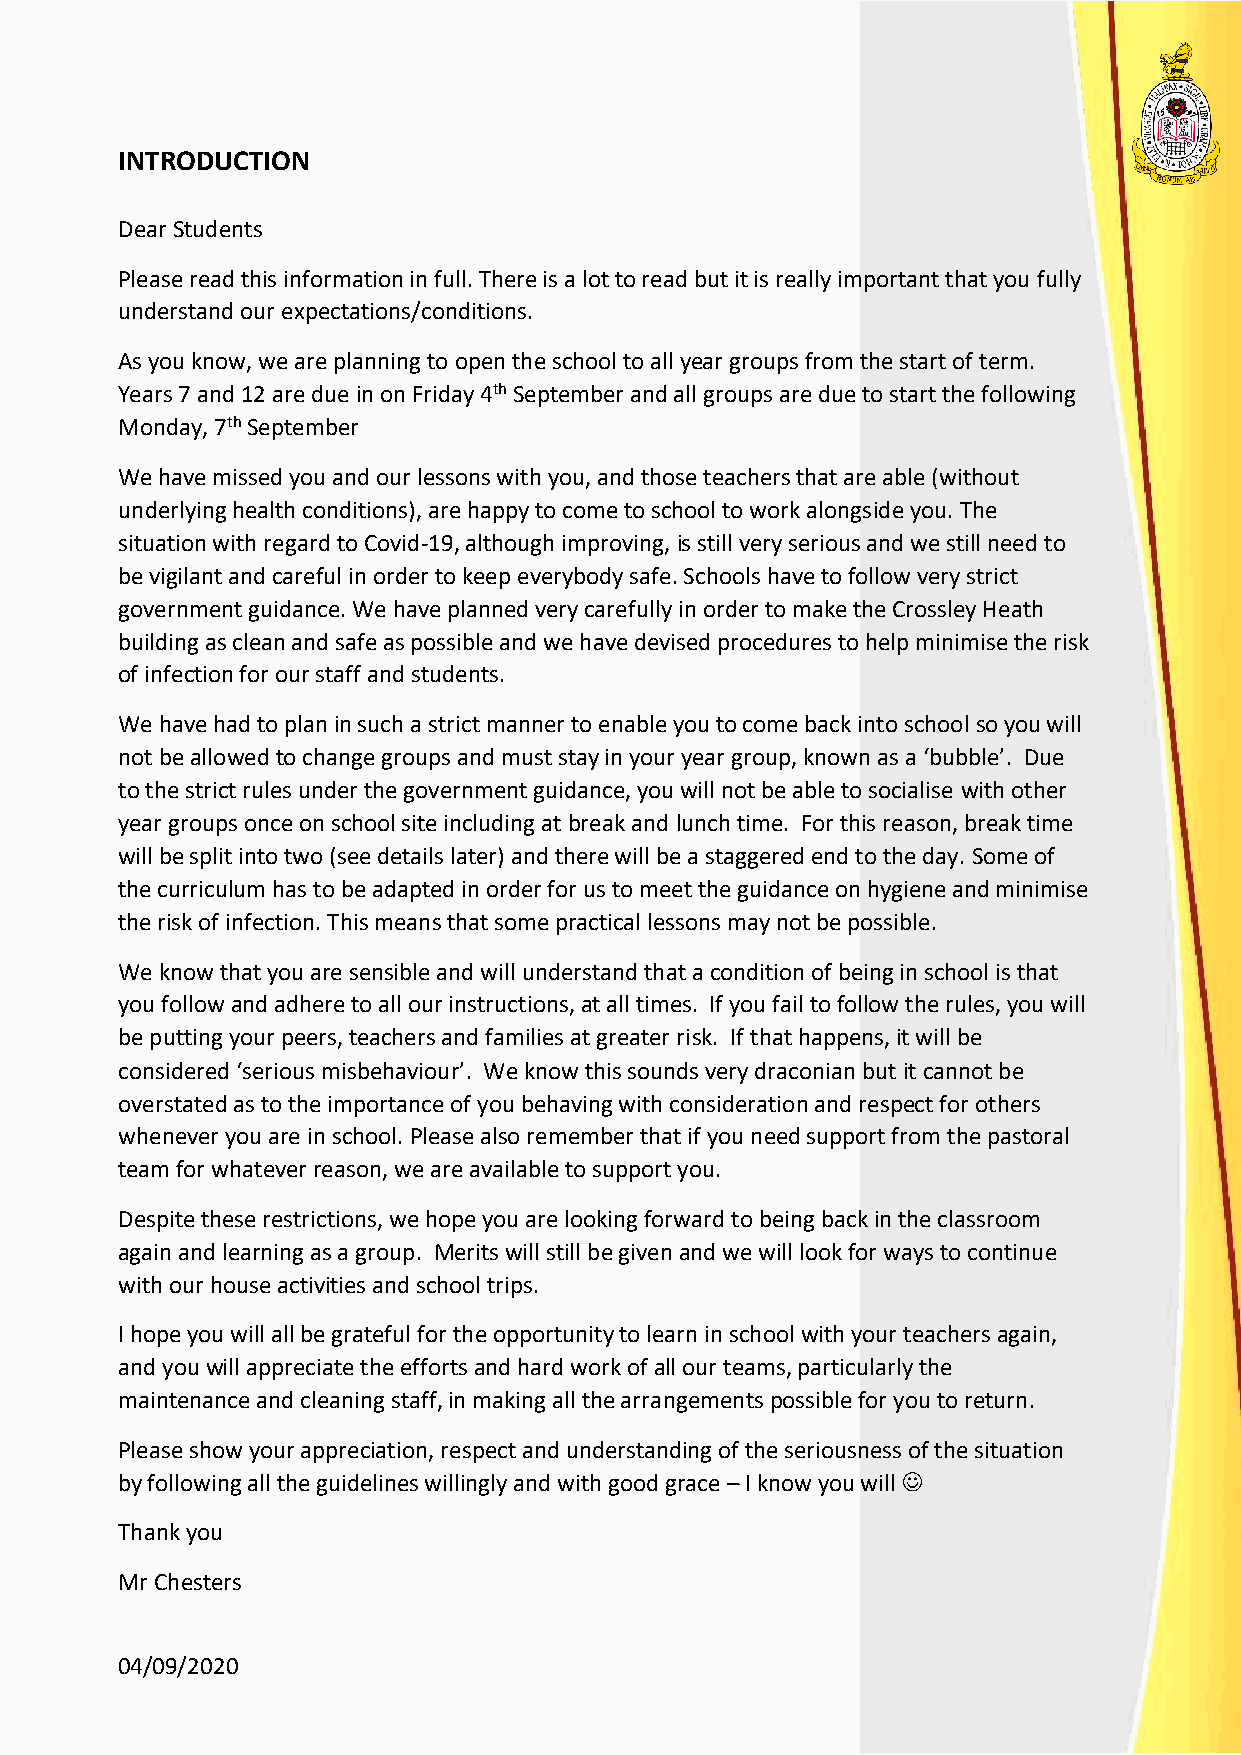
INTRODUCTION
 Dear Students
 Please read this information in full. There is a lot to read but it is really important that you fully
 understand our expectations/conditions.
 As you know, we are planning to open the school to all year groups from the start of term.
 Years 7 and 12 are due in on Friday 4th September and all groups are due to start the following
 Monday, 7th September
 We have missed you and our lessons with you, and those teachers that are able (without
 underlying health conditions), are happy to come to school to work alongside you. The
 situation with regard to Covid-19, although improving, is still very serious and we still need to
 be vigilant and careful in order to keep everybody safe. Schools have to follow very strict
 government guidance. We have planned very carefully in order to make the Crossley Heath
 building as clean and safe as possible and we have devised procedures to help minimise the risk
 of infection for our staff and students.
 We have had to plan in such a strict manner to enable you to come back into school so you will
 not be allowed to change groups and must stay in your year group, known as a ‘bubble’. Due
 to the strict rules under the government guidance, you will not be able to socialise with other
 year groups once on school site including at break and lunch time. For this reason, break time
 will be split into two (see details later) and there will be a staggered end to the day. Some of
 the curriculum has to be adapted in order for us to meet the guidance on hygiene and minimise
 the risk of infection. This means that some practical lessons may not be possible.
 We know that you are sensible and will understand that a condition of being in school is that
 you follow and adhere to all our instructions, at all times. If you fail to follow the rules, you will
 be putting your peers, teachers and families at greater risk. If that happens, it will be
 considered ‘serious misbehaviour’. We know this sounds very draconian but it cannot be
 overstated as to the importance of you behaving with consideration and respect for others
 whenever you are in school. Please also remember that if you need support from the pastoral
 team for whatever reason, we are available to support you.
 Despite these restrictions, we hope you are looking forward to being back in the classroom
 again and learning as a group. Merits will still be given and we will look for ways to continue
 with our house activities and school trips.
 I hope you will all be grateful for the opportunity to learn in school with your teachers again,
 and you will appreciate the efforts and hard work of all our teams, particularly the
 maintenance and cleaning staff, in making all the arrangements possible for you to return.
 Please show your appreciation, respect and understanding of the seriousness of the situation
 by following all the guidelines willingly and with good grace – I know you will 
 Thank you
 Mr Chesters
 04/09/2020